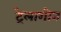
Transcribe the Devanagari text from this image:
ट्रेलागोन